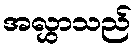
အလွှာသည်